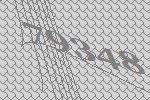
79348